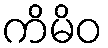
ကိမိဝ